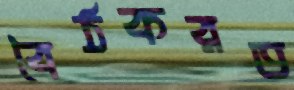
বৈঠকরত